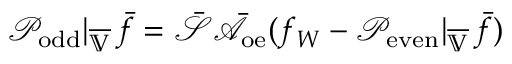
\mathcal { P } _ { \mathrm { o d d } } | _ { \overline { { \mathbb { V } } } } \, \bar { f } = \bar { \mathcal { S } } \bar { \mathcal { A } } _ { \mathrm { o e } } ( f _ { W } - \mathcal { P } _ { \mathrm { e v e n } } | _ { \overline { { \mathbb { V } } } } \, \bar { f } )